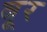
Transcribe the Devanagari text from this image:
बूर